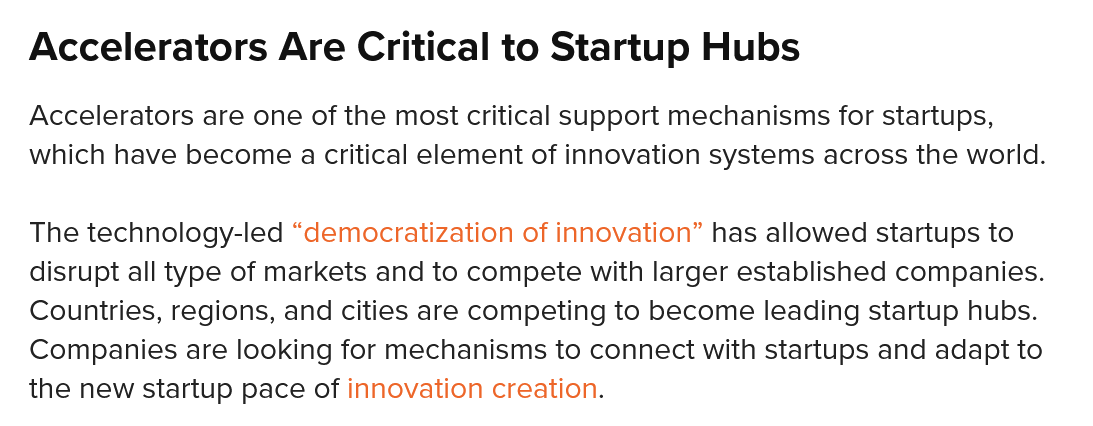
Accelerators    Are  Critical to  Startup   Hubs
  Accelerators are one of the most critical support mechanisms for startups,
  which have become a critical element of innovation systems across the world.
  The technology-led “democratization of innovation” has allowed startups to
  disrupt all type of markets and to compete with larger established companies.
  Countries, regions, and cities are competing to become leading startup hubs.
  Companies  are looking for mechanisms to connect with startups and adapt to
  the new startup pace of innovation creation.